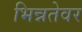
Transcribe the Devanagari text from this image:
भिन्नतेवर